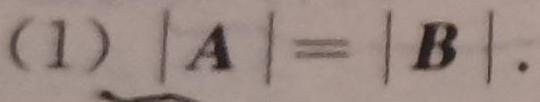
(1) $|\boldsymbol{A}| = |\boldsymbol{B}|.$